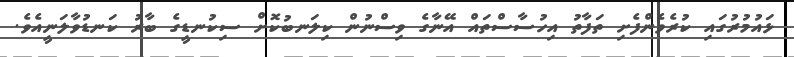
ޅައުމުރުގައި ކުރެވެންފެށި ތަފާތު އިހުސާސްތައް އޭނާގެ ވިސްނުން ކިލަނބުކޮށް ސިކުނޑީގެ ބާރު ކަނޑުވާލަނީއެވެ.